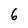
Character: 6